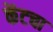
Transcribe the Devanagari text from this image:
केंटचा